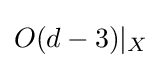
O(d-3)|_{X}